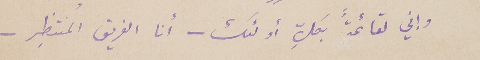
وإني لقائمة ً بكلِّ أولئك – أنا الفريق المُنتظِر -